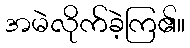
အမဲလိုက်ခဲ့ကြ၏။